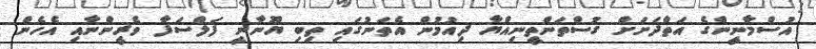
އުސްމާނީންގެ އަތްދަށަށް ގުސްތަންތީނިއްޔާ ދިއުމުން އެތަނުގައި ތިބި ޔޫނާނީ ފަލްސަފާ ވެރީންނާއި އެހެން